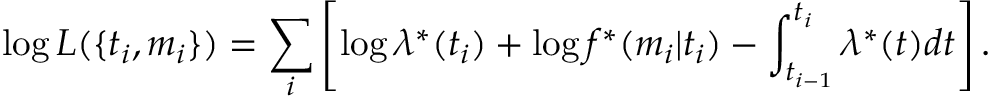
\log L ( \{ t _ { i } , m _ { i } \} ) = \sum _ { i } \left[ \log \lambda ^ { * } ( t _ { i } ) + \log f ^ { * } ( m _ { i } | t _ { i } ) - \int _ { t _ { i - 1 } } ^ { t _ { i } } \lambda ^ { * } ( t ) d t \right] .